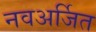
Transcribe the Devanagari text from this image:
नवअर्जित